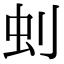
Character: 𠛿